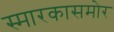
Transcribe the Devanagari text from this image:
स्मारकासमोर